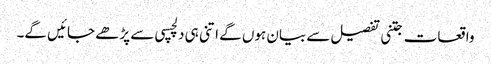
واقعات جتنی تفصیل سے بیان ہوں گے اتنی ہی دلچسپی سے پڑھے جائیں گے۔